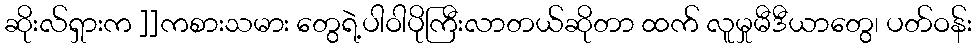
ဆိုးလ်ရှားက ]]ကစားသမား တွေရဲ့ပါဝါပိုကြီးလာတယ်ဆိုတာ ထက် လူမှုမီဒီယာတွေ၊ ပတ်ဝန်း